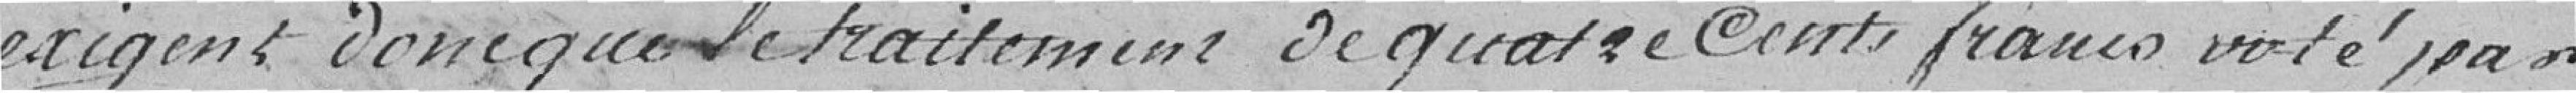
exigent donc que le traitement de quatre cent francs voté par